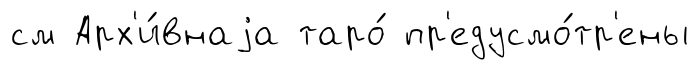
см Арх'и́внаjа таро́ пр'едусмо́тр'ены